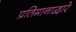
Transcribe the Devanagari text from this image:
प्रतिमानाद्वारे